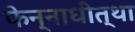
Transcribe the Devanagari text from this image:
फेन्नाधीत्था